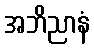
အဘိညာနံ